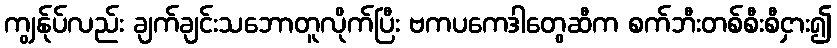
ကျွန်ုပ်လည်း ချက်ချင်းသဘောတူလိုက်ပြီး ဗကပကေဒါတွေဆီက စက်ဘီးတစ်စီးစီငှား၍